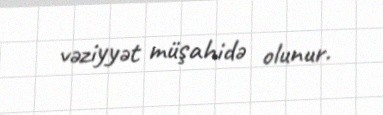
vəziyyət müşahidə olunur.